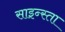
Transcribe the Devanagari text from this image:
साइन्स्ता